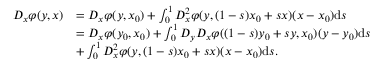
\begin{array} { r l } { D _ { x } \varphi ( y , x ) } & { = D _ { x } \varphi ( y , x _ { 0 } ) + \int _ { 0 } ^ { 1 } D _ { x } ^ { 2 } \varphi ( y , ( 1 - s ) x _ { 0 } + s x ) ( x - x _ { 0 } ) \mathrm { d } s } \\ & { = D _ { x } \varphi ( y _ { 0 } , x _ { 0 } ) + \int _ { 0 } ^ { 1 } D _ { y } D _ { x } \varphi ( ( 1 - s ) y _ { 0 } + s y , x _ { 0 } ) ( y - y _ { 0 } ) \mathrm { d } s } \\ & { + \int _ { 0 } ^ { 1 } D _ { x } ^ { 2 } \varphi ( y , ( 1 - s ) x _ { 0 } + s x ) ( x - x _ { 0 } ) \mathrm { d } s . } \end{array}